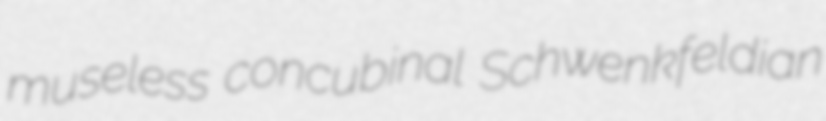
museless concubinal Schwenkfeldian